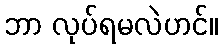
ဘာ လုပ်ရမလဲဟင်။